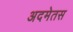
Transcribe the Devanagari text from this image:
अदमेतस